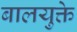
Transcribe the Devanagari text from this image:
बालयुक्ते